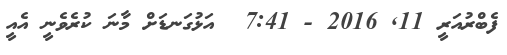
ފެބްރުއަރީ 11